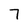
Character: 7